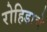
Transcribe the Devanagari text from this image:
रोहिडाचे